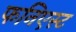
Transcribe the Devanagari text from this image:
फनिएस्ट